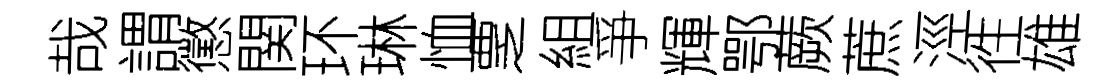
哉謂懲関环琳恤覂組爭輝鄂蕨蔗涇徃雄